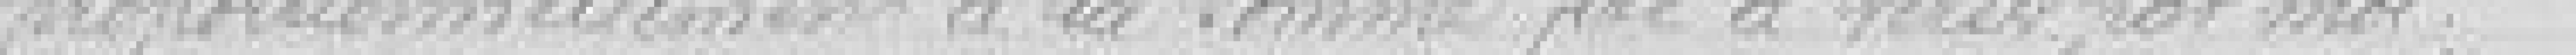
proportionnellement à la somme fixe à verser par moi.